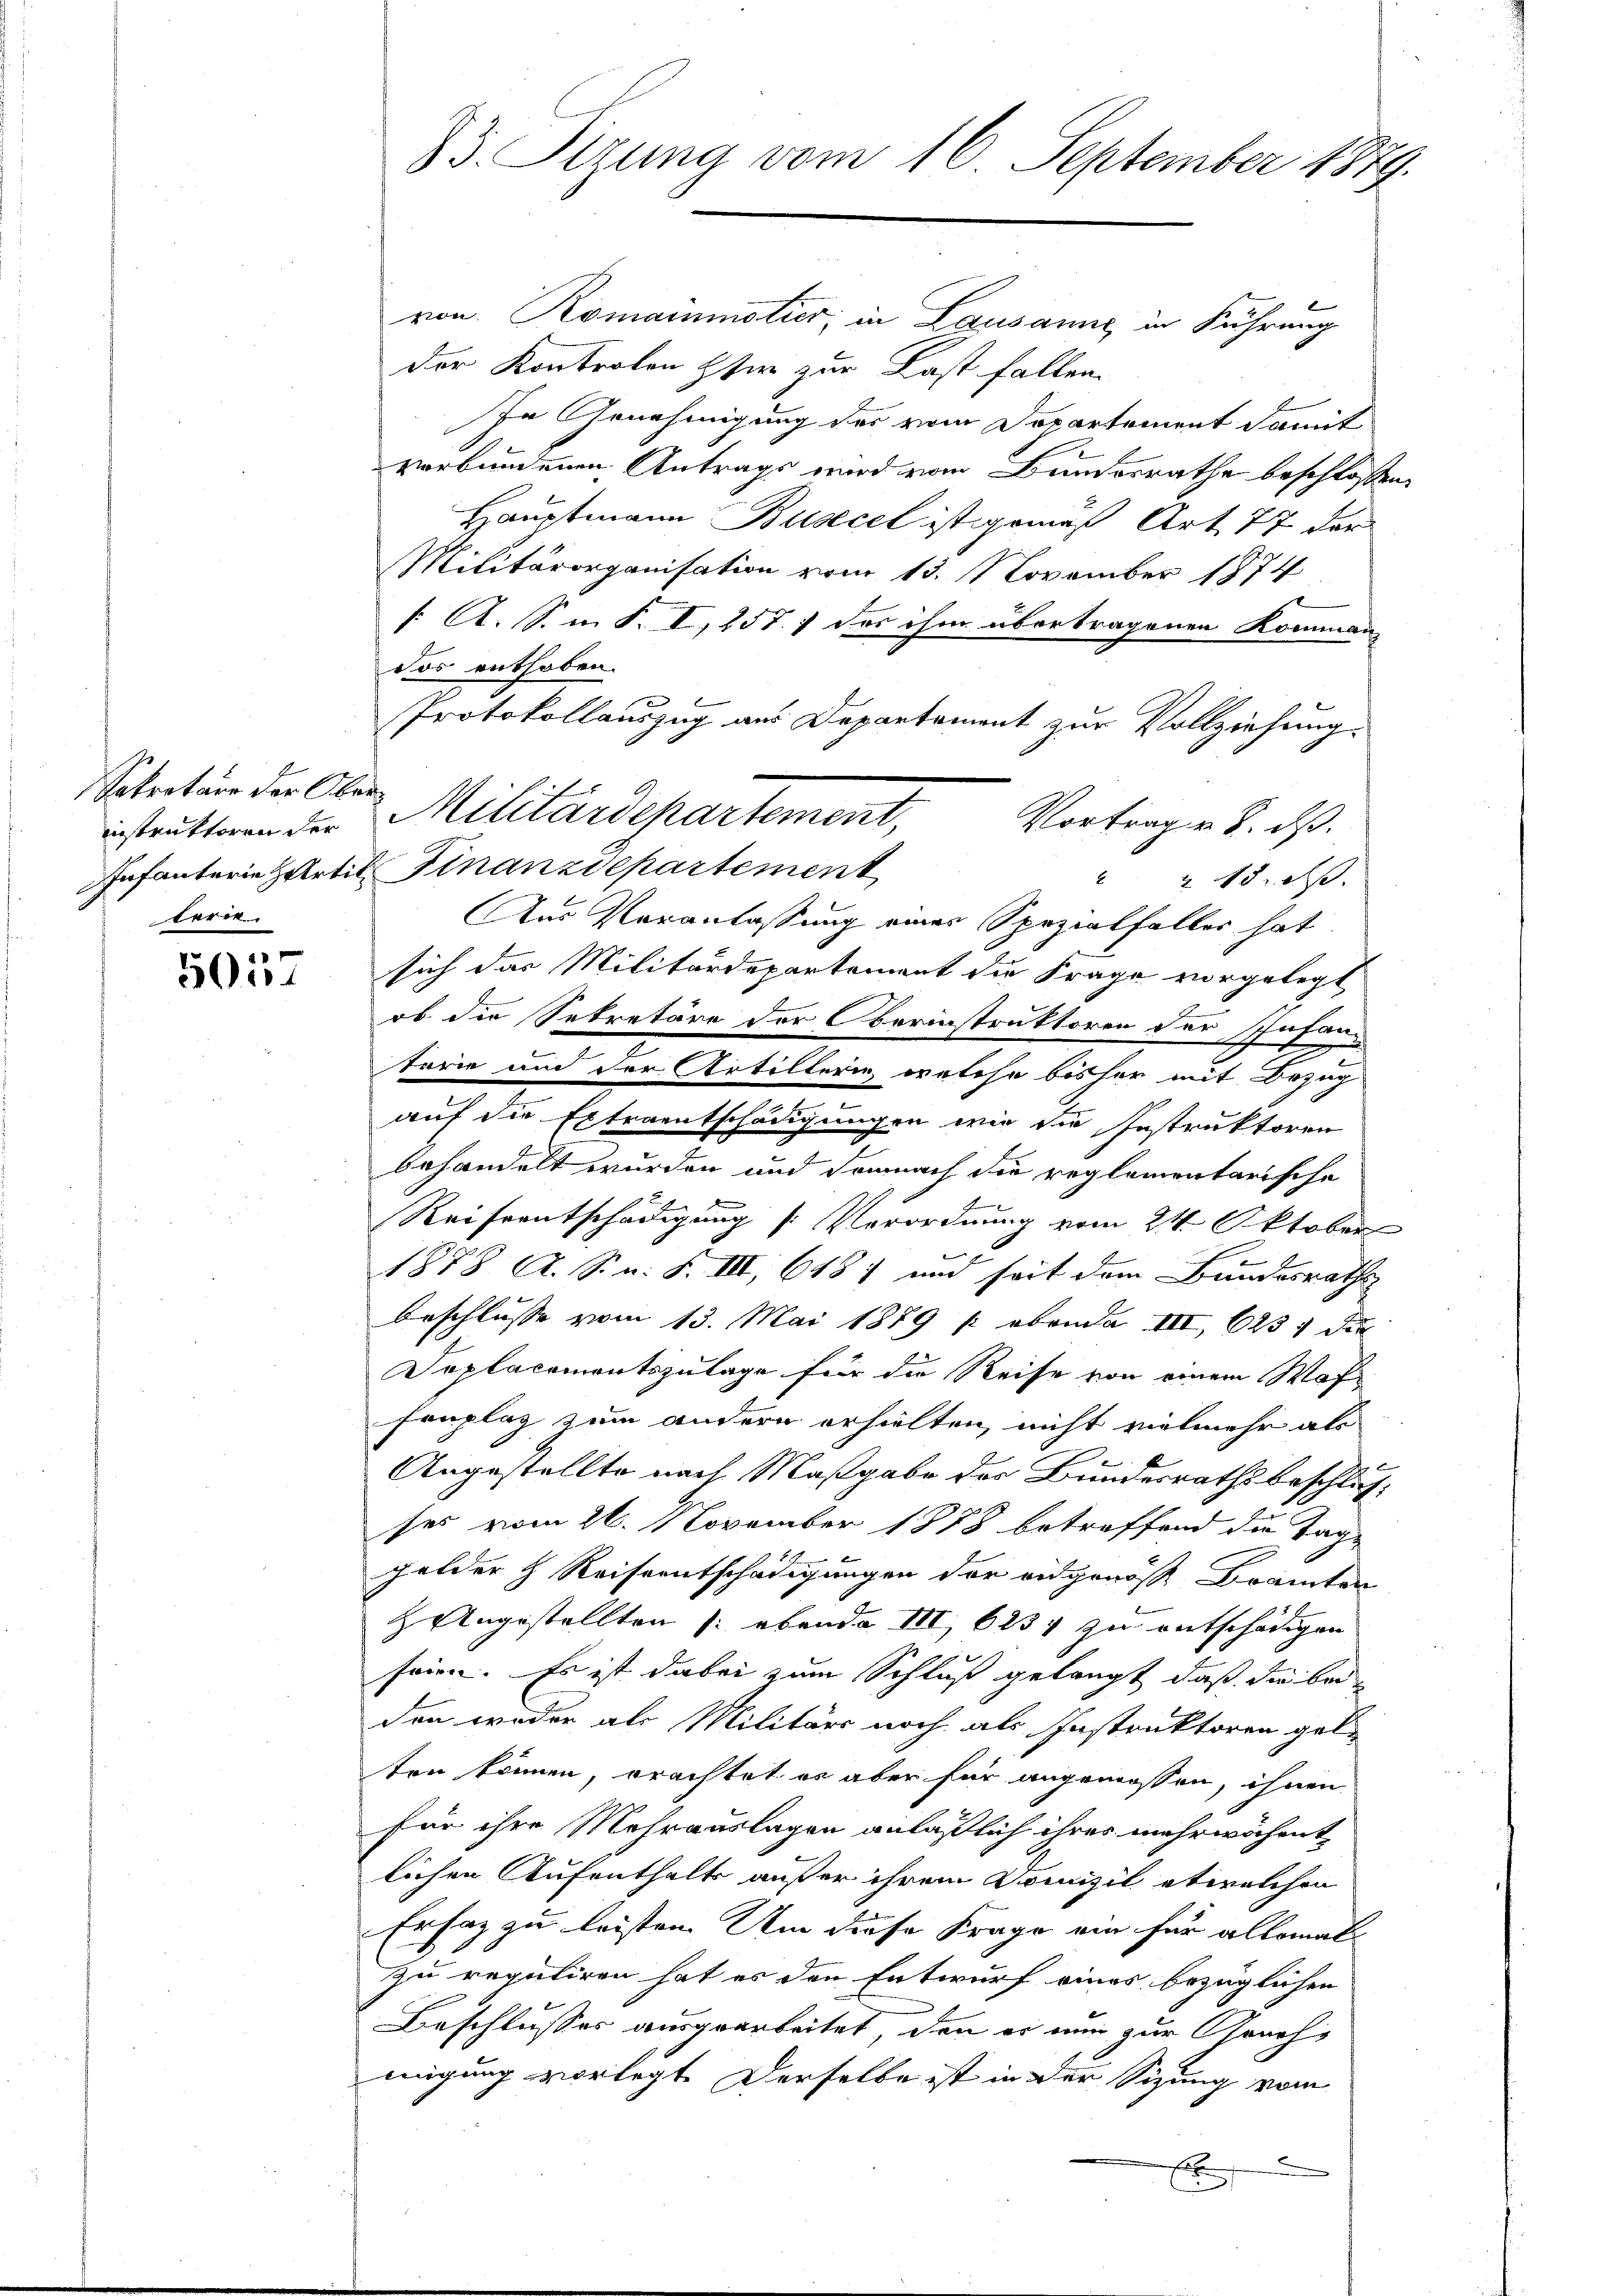
Sekretair der Oberinstruktoren der
terie.

5057

83. Sizung vom 16. September 1879.

von. Romainmotier, in Lausanne in Führung
der Kontrolen Herr zur Last fallen.
In Genehmigung des vom Departement damit
verbundenen Antrags wird vom Bundesrathe beschloßen
Hauptmann Busecel ist gemäß Art. 77 der
Militärorganisation vom 13. November 1874
( A. S. m. S. I, 257. 7 des ihm übertragenen Kommen
das enthoben.
Protokollauszug aus Departement zur Vollziehung.
Militärdepartement,
Vortrag v. 8. ds.
Infanterie zartit Finanzdepartement
215. ds.
Aus Veranlassung einer Spezialfaller hat
sich das Militärdepartement die Frage vorgelegt
ob die Sekretäre der Oberinstruktoren der Infantorie und der Artillerin, welche bisher mit Bezug
.
auf die Extraentschädigungen wir die Instruktoren
behandelt wurden und demnach die reglementarische
4
Reiseentschädigung [Verordnung vom 24. Oktober
E
1878 A. S. n. F. III, 618) und seit dem Bundesraths
beschlusse vom 13. Mai 1879 / ebende III, 623 1 die
Deplacementszulage für die Reise von einem Waffenplaz zum andern erhielten, nicht vielmehr als
e
Angestellte nach Maßgabe des Bundesrathsbeschlusses vom 26. November 1878 betreffend die Tage
gelder h. Reiseentschädigungen der eidgenösse Bramten
z Angestellten (: ebende III 6234 zu entschädigen
seien. Es ist dabei zum Schluß gelangt, daß die bei
den weder als Militärs noch als Instruktoren gel-
ten können, erachtet es aber für angemessen, ihnen
für ihre Mehrauslagen anläßlich ihres mehrwöchent
lichen Aufenthalts außer ihrem Domizil etwelchen
Ersaz zu leisten. Um diese Frage ein für allemals
zu reguliren hat es den Entwurf eines bezüglichen
Beschlusses ausgearbeitet, den er nun zur Grachmigung vorlegt. Derselbe ist in der Sitzung vom